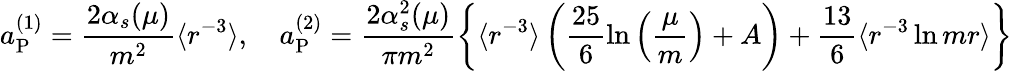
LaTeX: a_{\mathrm{P}}^{(1)}=\frac{2\alpha_{s}(\mu)}{m^{2}}\langle r^{-3}\rangle,\quad a_{\mathrm{P}}^{(2)}=\frac{2\alpha_{s}^{2}(\mu)}{\pi m^{2}}\left\{ \langle r^{-3}\rangle\left(\frac{25}{6}\ln\left(\frac{\mu}{m}\right)+A\right)+\frac{13}{6}\langle r^{-3}\ln mr\rangle\right\}